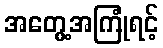
အတွေ့အကြုံရင့်